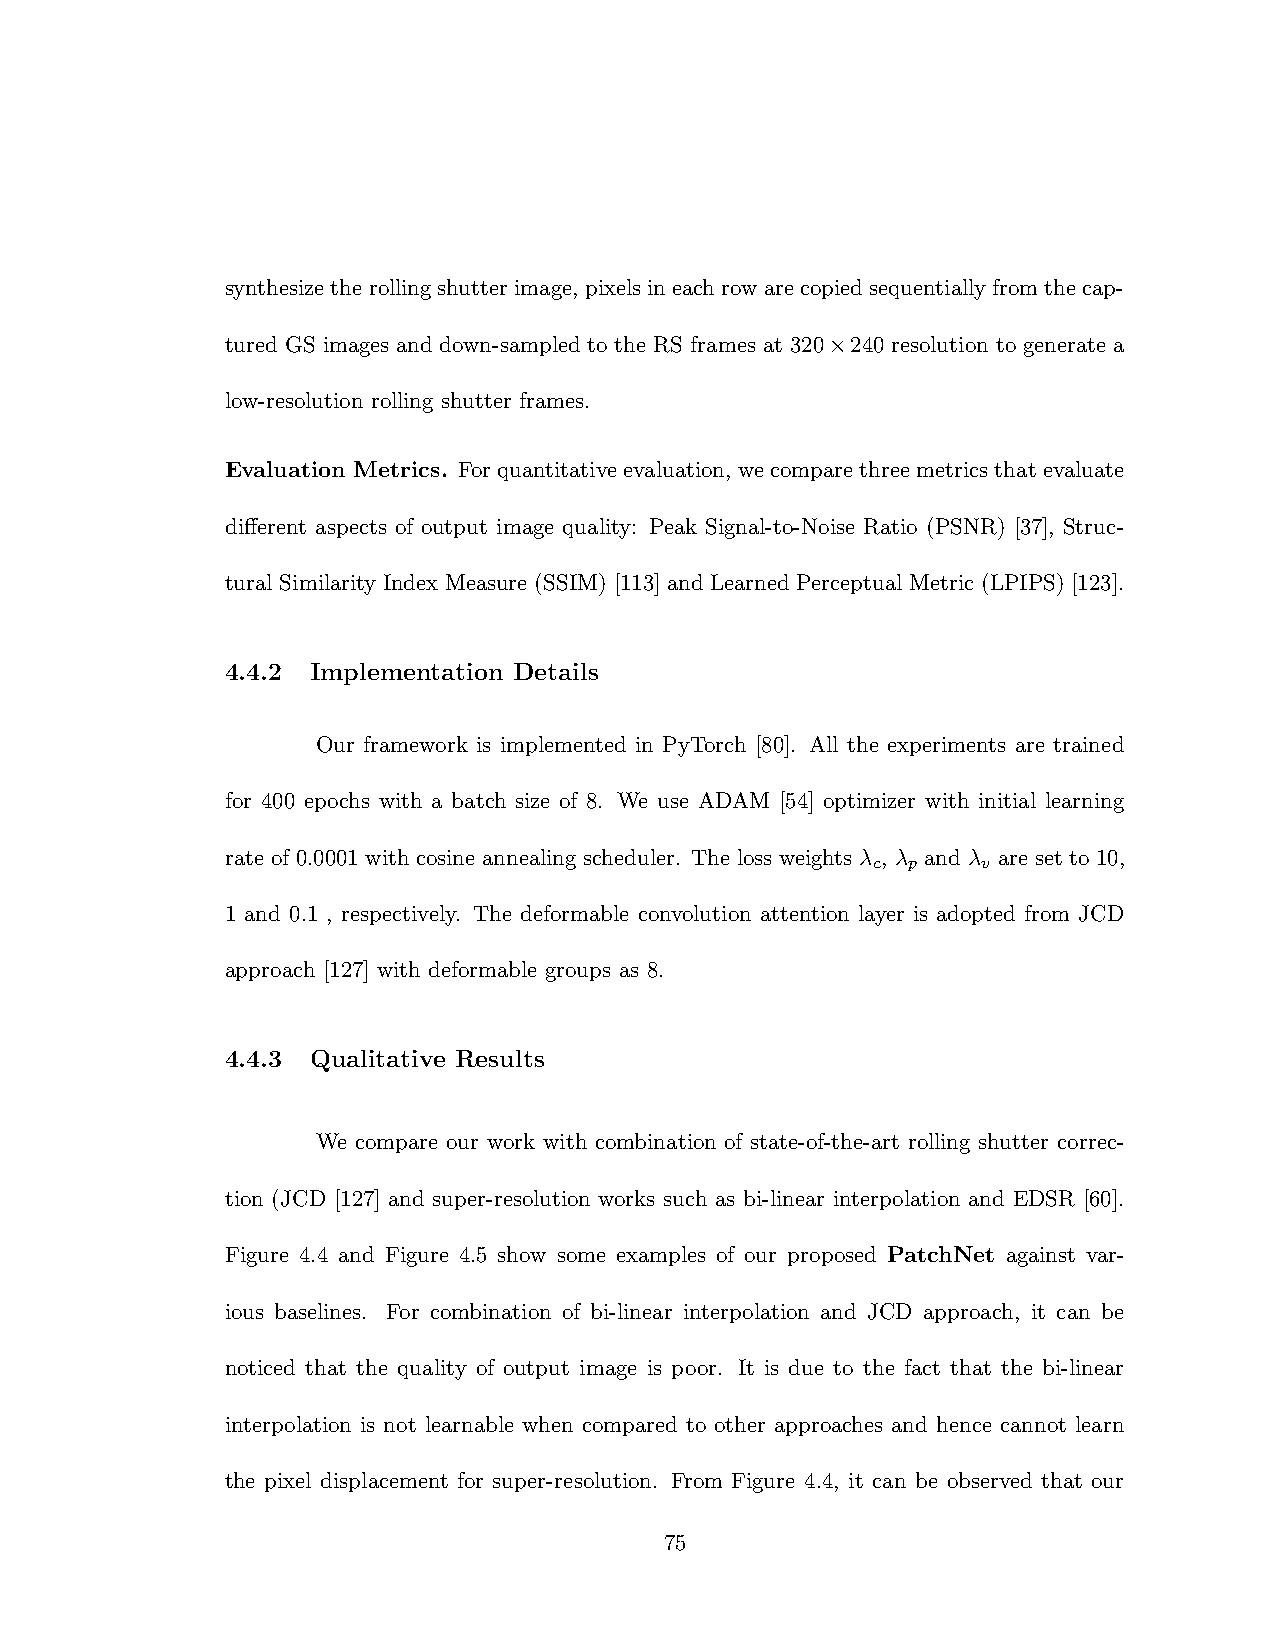
synthesizetherollingshutterimage, pixelsineachrowarecopiedsequentiallyfromthecap-
 tured GS images and down-sampled to the RS frames at 320×240 resolution to generate a
 low-resolution rolling shutter frames.
 Evaluation Metrics. For quantitative evaluation, we compare three metrics that evaluate
 different aspects of output image quality: Peak Signal-to-Noise Ratio (PSNR) [37], Struc-
 tural Similarity Index Measure (SSIM) [113] and Learned Perceptual Metric (LPIPS) [123].
 4.4.2 Implementation Details
 Our framework is implemented in PyTorch [80]. All the experiments are trained
 for 400 epochs with a batch size of 8. We use ADAM [54] optimizer with initial learning
 rate of 0.0001 with cosine annealing scheduler. The loss weights λ , λ and λ are set to 10,
 c p    v
 1 and 0.1 , respectively. The deformable convolution attention layer is adopted from JCD
 approach [127] with deformable groups as 8.
 4.4.3 Qualitative Results
 We compare our work with combination of state-of-the-art rolling shutter correc-
 tion (JCD [127] and super-resolution works such as bi-linear interpolation and EDSR [60].
 Figure 4.4 and Figure 4.5 show some examples of our proposed PatchNet against var-
 ious baselines. For combination of bi-linear interpolation and JCD approach, it can be
 noticed that the quality of output image is poor. It is due to the fact that the bi-linear
 interpolation is not learnable when compared to other approaches and hence cannot learn
 the pixel displacement for super-resolution. From Figure 4.4, it can be observed that our
 75